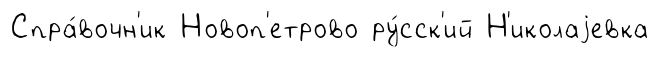
Спра́вочн'ик Новоп'етрово ру́сск'ий Н'иколаjевка